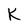
Character: K